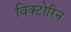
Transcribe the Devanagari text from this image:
विक्टोरिन